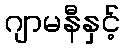
ဂျာမနီနှင့်